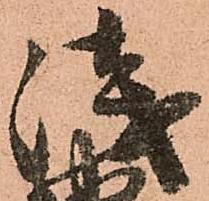
浅